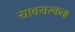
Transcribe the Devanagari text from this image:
यावयस्कता